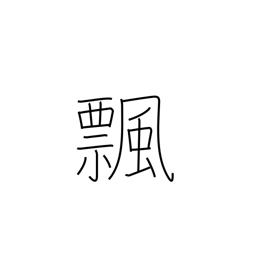
Meaning: turn over